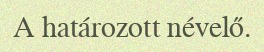
A határozott névelő.